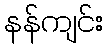
နန်ကျင်း